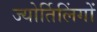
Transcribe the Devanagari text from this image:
ज्‍योर्तिलिंगों